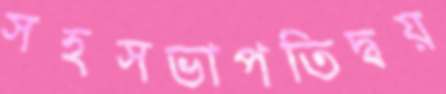
সহসভাপতিদ্বয়